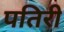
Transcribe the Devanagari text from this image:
पतिरी